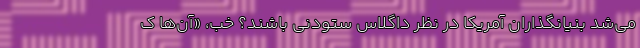
می‌شد بنیانگذاران آمریکا در نظر داگلاس ستودنی باشند؟ خب، «آن‌ها ک